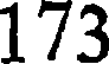
173